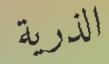
الذرية